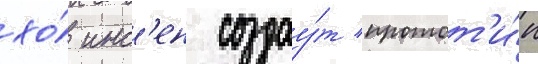
хо́ инс'ен создау́т протот'и́п